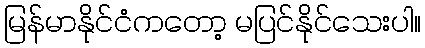
မြန်မာနိုင်ငံကတော့ မပြင်နိုင်သေးပါ။